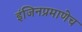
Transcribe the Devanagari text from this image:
इंजिनप्रमाणेच